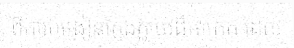
ពីការបង្រៀនក្លែងក្លាយដ៏អាក្រក់ ដែល